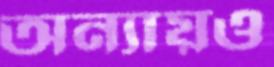
অন্যায়ও